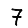
Digit: 7